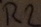
Text: R2